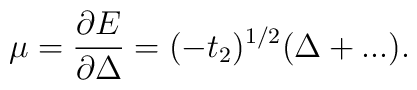
\mu = \frac{\partial E}{\partial \Delta} = (-t_{2})^{1/2} (\Delta +...).